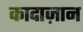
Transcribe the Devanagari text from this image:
कादाज़ान